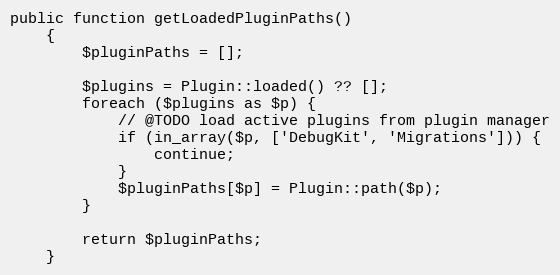
Language: PHP
public function getLoadedPluginPaths()
    {
        $pluginPaths = [];

        $plugins = Plugin::loaded() ?? [];
        foreach ($plugins as $p) {
            // @TODO load active plugins from plugin manager
            if (in_array($p, ['DebugKit', 'Migrations'])) {
                continue;
            }
            $pluginPaths[$p] = Plugin::path($p);
        }

        return $pluginPaths;
    }